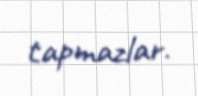
tapmazlar.